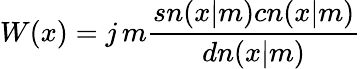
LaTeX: W(x)=j\, m{\frac{sn(x|m)cn(x|m)}{dn(x|m)}}